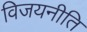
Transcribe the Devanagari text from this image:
विजयनीति